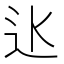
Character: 𨑝